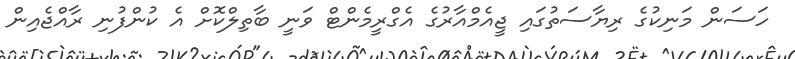
ހަސަން މަނިކުގެ ރިޔާސަތުގައި ޖީއެމްއާރުގެ އެގްރީމެންޓް ވަނީ ބާތިލްކޮށް އެ ކުންފުނި ރާއްޖެއިން